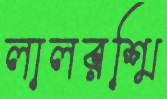
লালরশ্মি